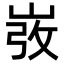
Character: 𡸅